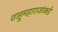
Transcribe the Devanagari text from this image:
शाहुमहाराजांकडे